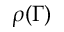
\rho ( \Gamma )